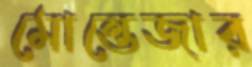
মোন্তেজার